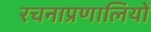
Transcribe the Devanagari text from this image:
रचनाप्रणालियों